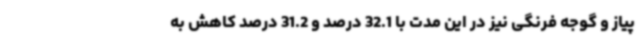
پیاز و گوجه فرنگی نیز در این مدت با 32.1 درصد و 31.2 درصد کاهش به